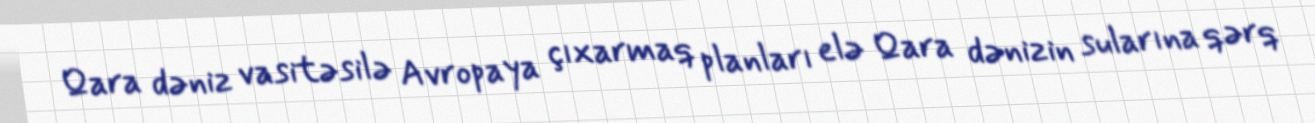
Qara dəniz vasitəsilə Avropaya çıxarmaq planları elə Qara dənizin sularına qərq